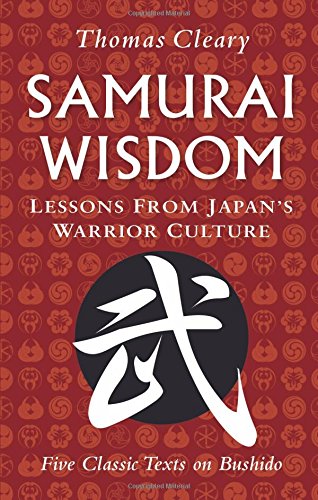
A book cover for Samurai Wisdom: Lessons from Japan's Warrior Culture (Five Classic Texts on Bushido); Thomas Cleary; Politics & Social Sciences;